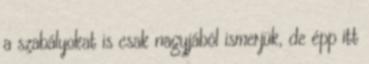
a szabályokat is csak nagyjából ismerjük, de épp itt